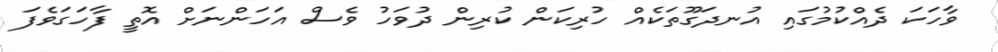
ވާހަކަ ދެއްކުމުގައި އުނދަގޫތަކެއް ހުރިކަން ކުރިން ދުވަހު ވެސް އަހަންނަށް އޮތީ ފާހަގަވެފަ